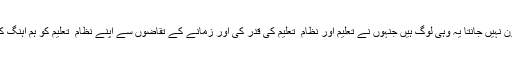
کون نہیں جانتا یہ وہی لوگ ہیں جنہوں نے تعلیم اور نظام ِ تعلیم کی قدر کی اور زمانے کے تقاضوں سے اپنے نظام ِ تعلیم کو ہم آہنگ کیا۔